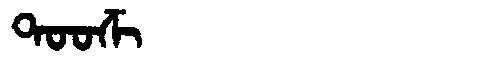
Manchu: ᡨᠣᠣᡯᡳ
Romanization: TOODZI